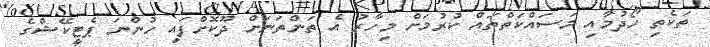
ތަކެތި ހޯދުމާއި މަސައްކަތްތައް ކުރުމަށް މިހާރު އެ ތަންތަނަށް ދޫކޮށްފައި ހުންނަ ޕެޓީކޭޝްގެ